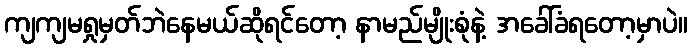
ကျကျမရှုမှတ်ဘဲနေမယ်ဆိုရင်တော့ နာမည်မျိုးစုံနဲ့ အခေါ်ခံရတော့မှာပဲ။